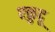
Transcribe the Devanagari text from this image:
एळुदू